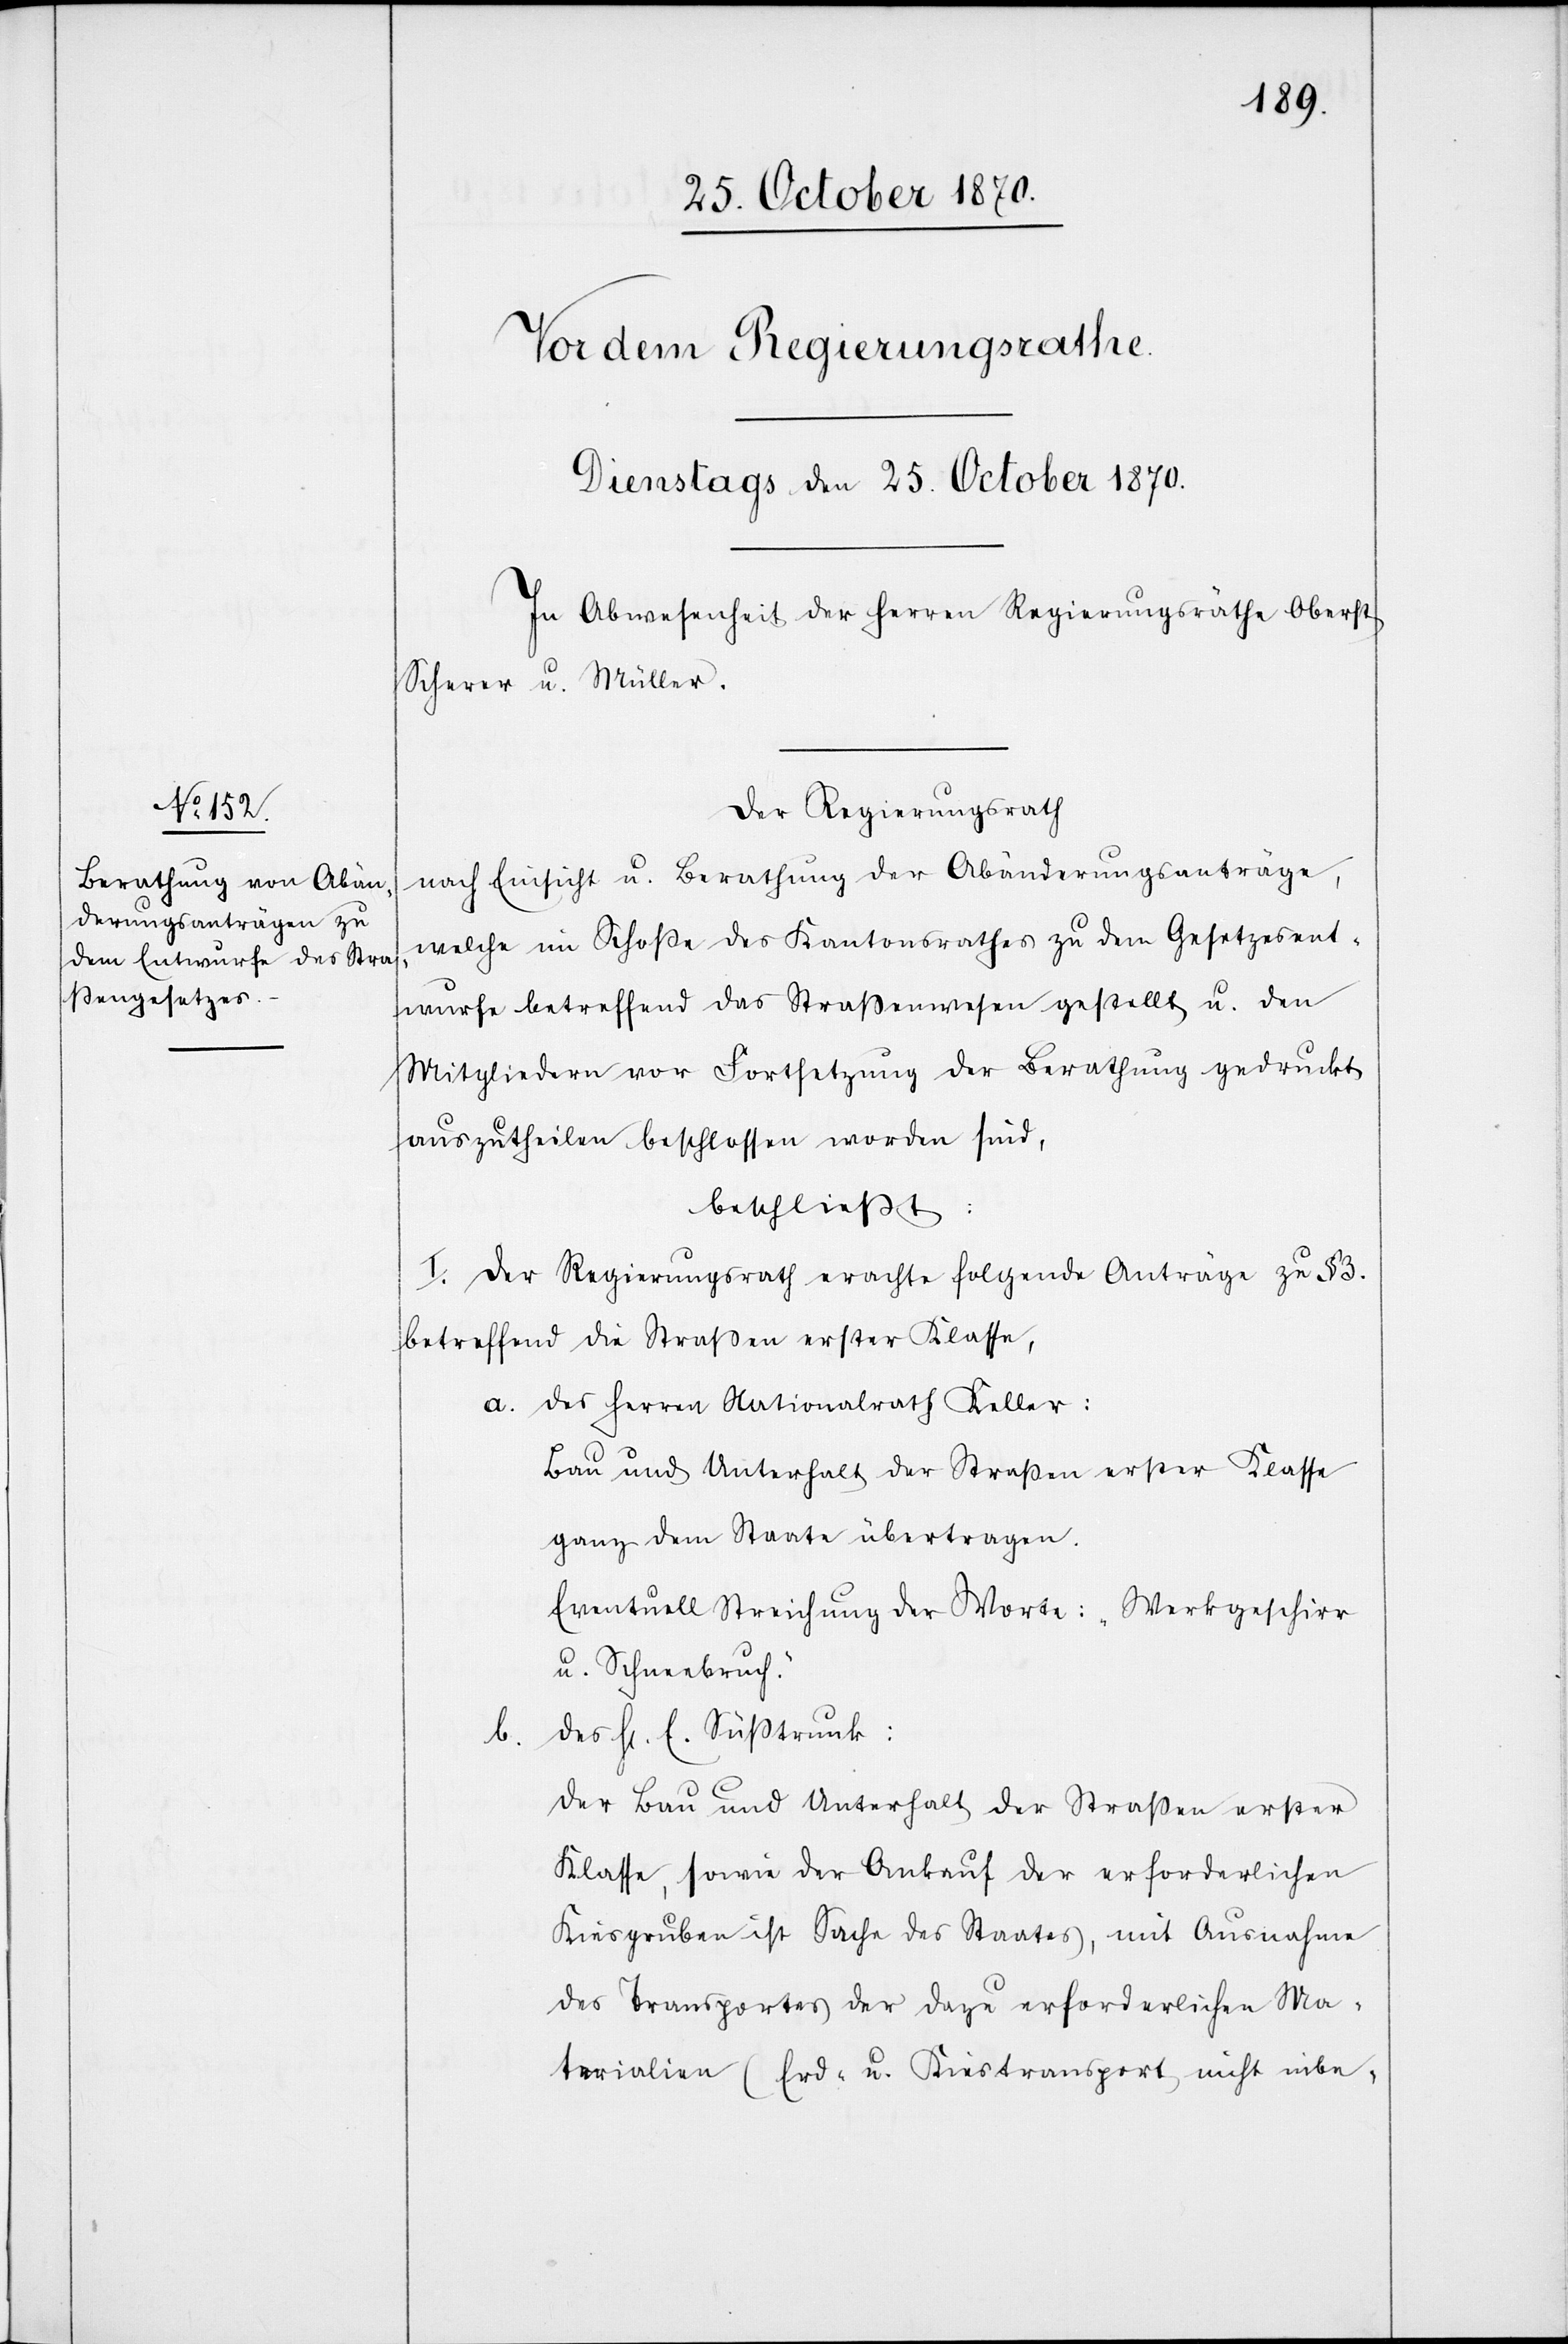
Der Regierungsrath
nach Einsicht u. Berathung der Abänderungsanträge,
welche im Schoße des Kantonsrathes zu dem Gesetzesent¬
wurfe betreffend das Straßenwesen gestellt u. den
Mitgliedern vor Fortsetzung der Berathung gedruckt
auszutheilen beschlossen worden sind,
beschließt:
I. Der Regierungsrath erachte folgende Anträge zu § 3.
betreffend die Straßen erster Klasse,
a. Des Herren Nationalrath Keller:
Bau und Unterhalt der Straßen erster Klasse
ganz dem Staate übertragen.
Eventuell Streichung der Worte: „Werkgeschirr
u. Schneebruch.“
E.
Der Bau und Unterhalt der Straßen erster
Klasse, sowie der Ankauf der erforderlichen
Kiesgruben ist Sache des Staates, mit Ausnahme
des Transportes der dazu erforderlichen Ma¬
terialen (Erd- u. Kiestransport nicht einbe-